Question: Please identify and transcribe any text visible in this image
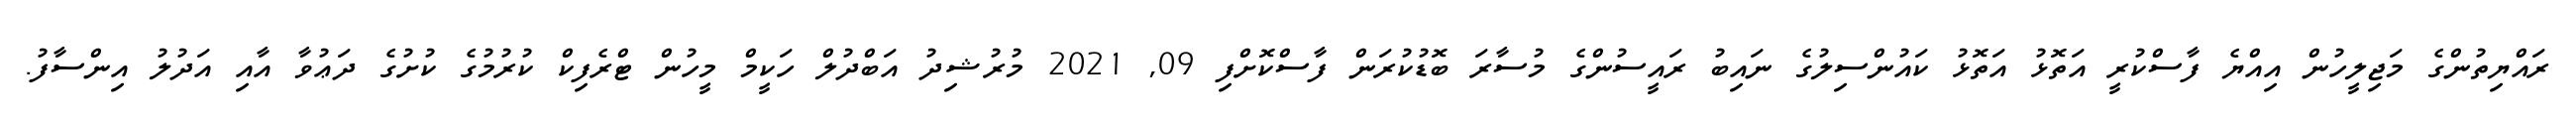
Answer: ރައްޔިތުންގެ މަޖިލީހުން އިއްޔެ ފާސްކުރީ އަތޮޅު އަތޮޅު ކައުންސިލުގެ ނައިބު ރައީސުންގެ މުސާރަ ބޮޑުކުރަން ފާސްކޮށްފި 09, 2021 މުރުޝިދު އަބްދުލް ހަކީމް މީހުން ޓްރެފިކް ކުރުމުގެ ކުށުގެ ދަޢުވާ އާއި އަދުލު އިންސާފު.